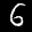
Label: 6